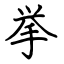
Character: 挙